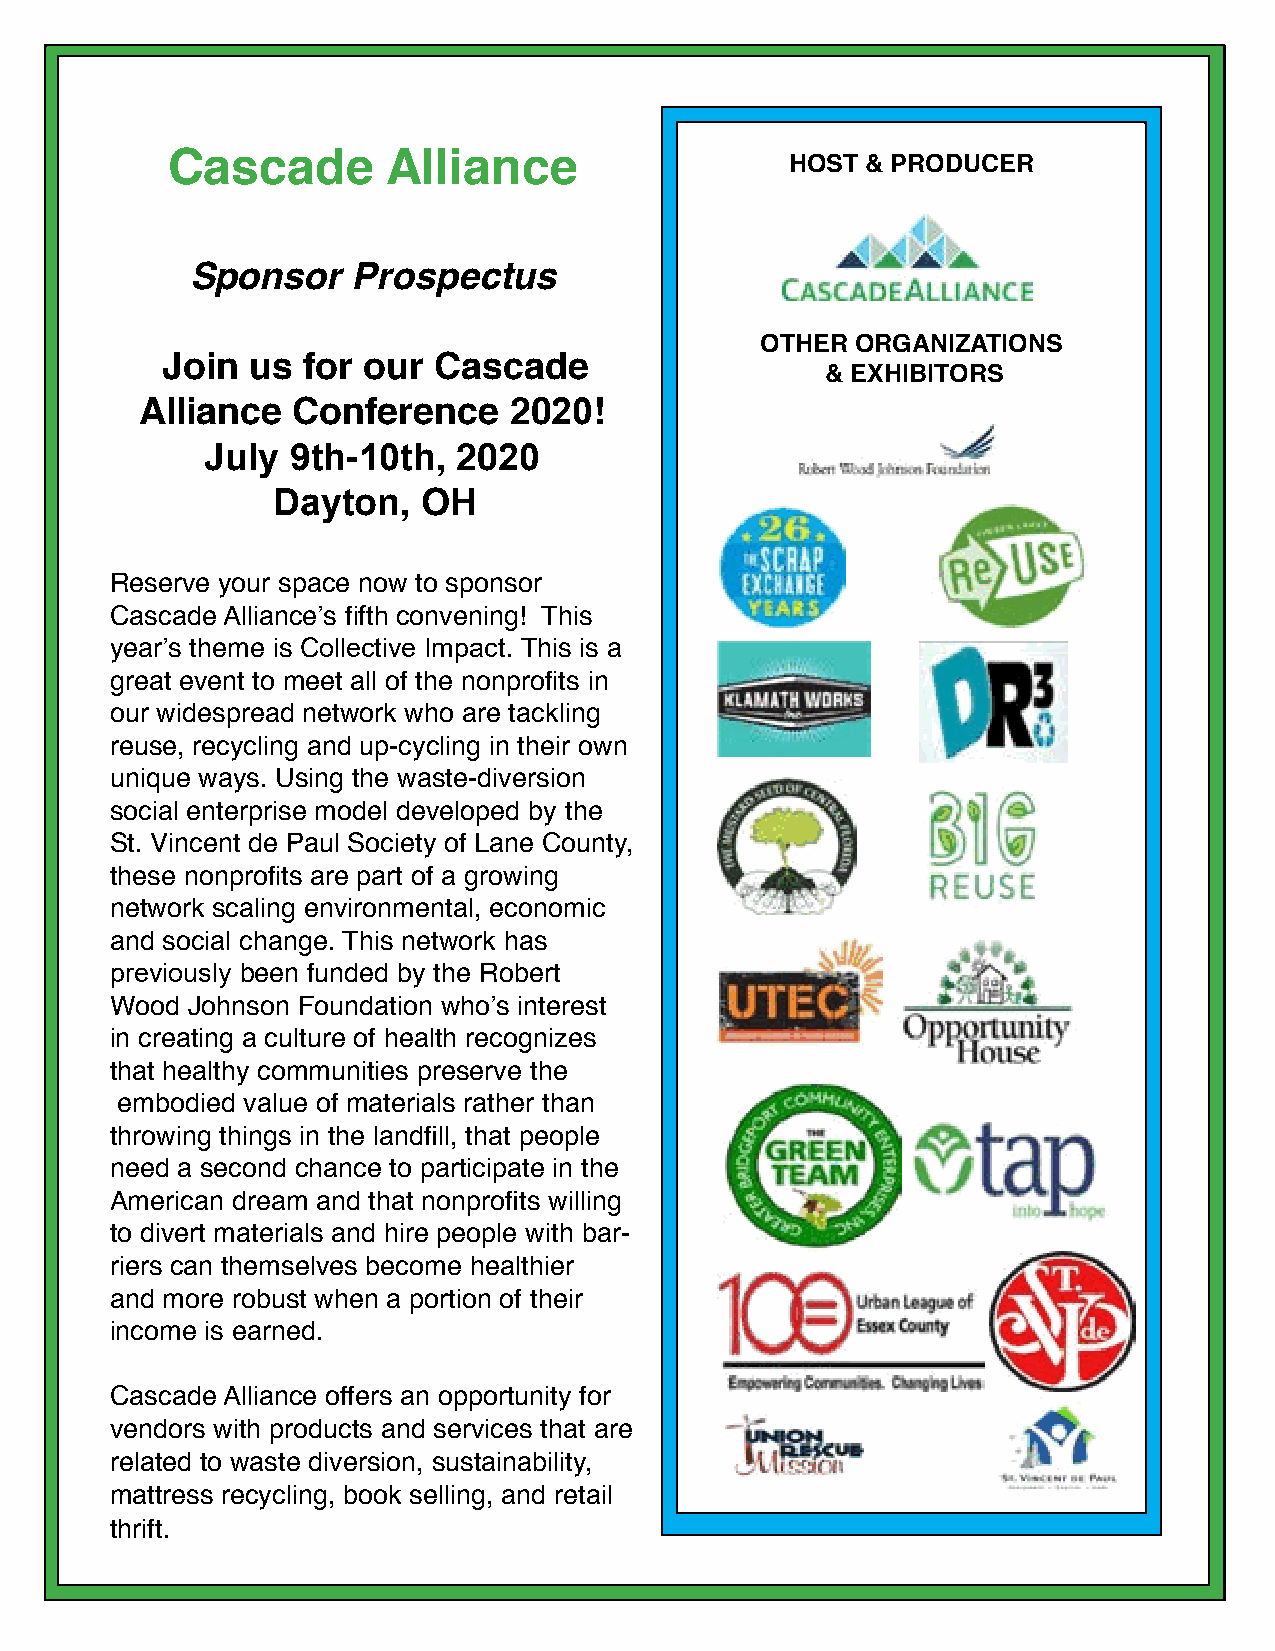
Cascade        Alliance                  HOST & PRODUCER
 Sponsor   Prospectus
 OTHER  ORGANIZATIONS
 Join  us for our  Cascade
 & EXHIBITORS
 Alliance  Conference     2020!
 July 9th-10th,  2020
 Dayton,   OH
 Reserve your space now to sponsor
 Cascade Alliance’s fifth convening! This
 year’s theme is Collective Impact. This is a
 great event to meet all of the nonprofits in
 our widespread network who are tackling
 reuse, recycling and up-cycling in their own
 unique ways. Using the waste-diversion
 social enterprise model developed by the
 St. Vincent de Paul Society of Lane County,
 these nonprofits are part of a growing
 network scaling environmental, economic
 and social change. This network has
 previously been funded by the Robert
 Wood Johnson Foundation who’s interest
 in creating a culture of health recognizes
 that healthy communities preserve the
 embodied value of materials rather than
 throwing things in the landfill, that people
 need a second chance to participate in the
 American dream and that nonprofits willing
 to divert materials and hire people with bar-
 riers can themselves become healthier
 and more robust when a portion of their
 income is earned.
 Cascade Alliance offers an opportunity for
 vendors with products and services that are
 related to waste diversion, sustainability,
 mattress recycling, book selling, and retail
 thrift.